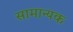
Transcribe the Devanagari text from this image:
सामान्यक